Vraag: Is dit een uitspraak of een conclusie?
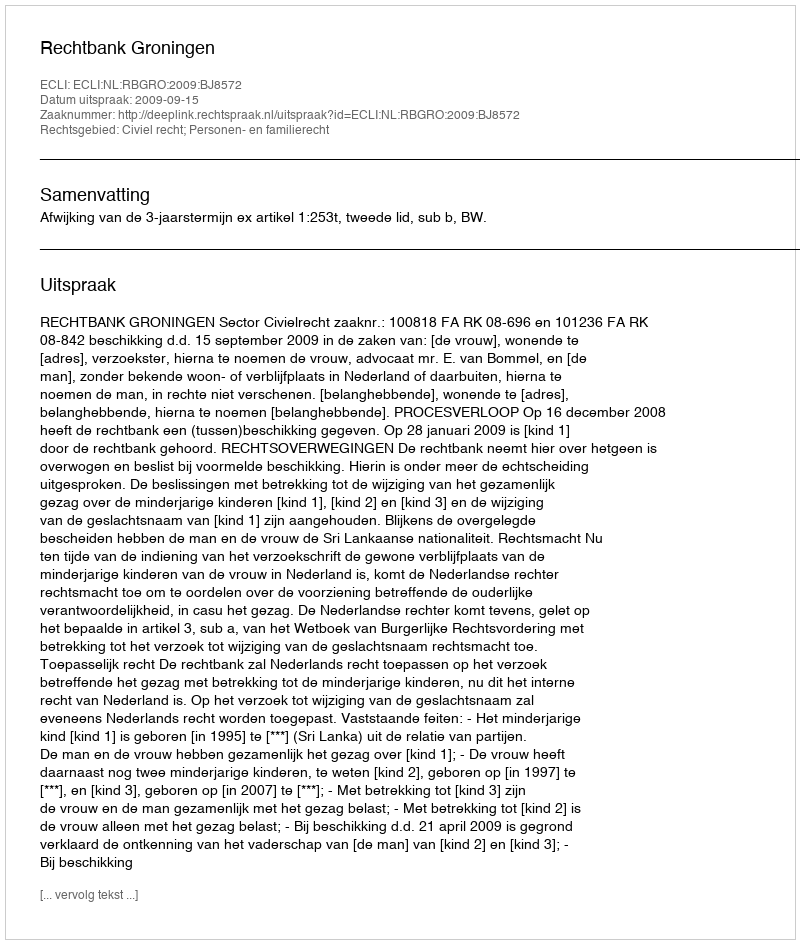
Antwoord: Uitspraak